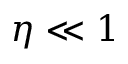
\eta \ll 1